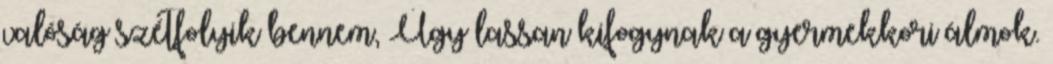
valóság szétfolyik bennem, Úgy lassan kifogynak a gyermekkori álmok.